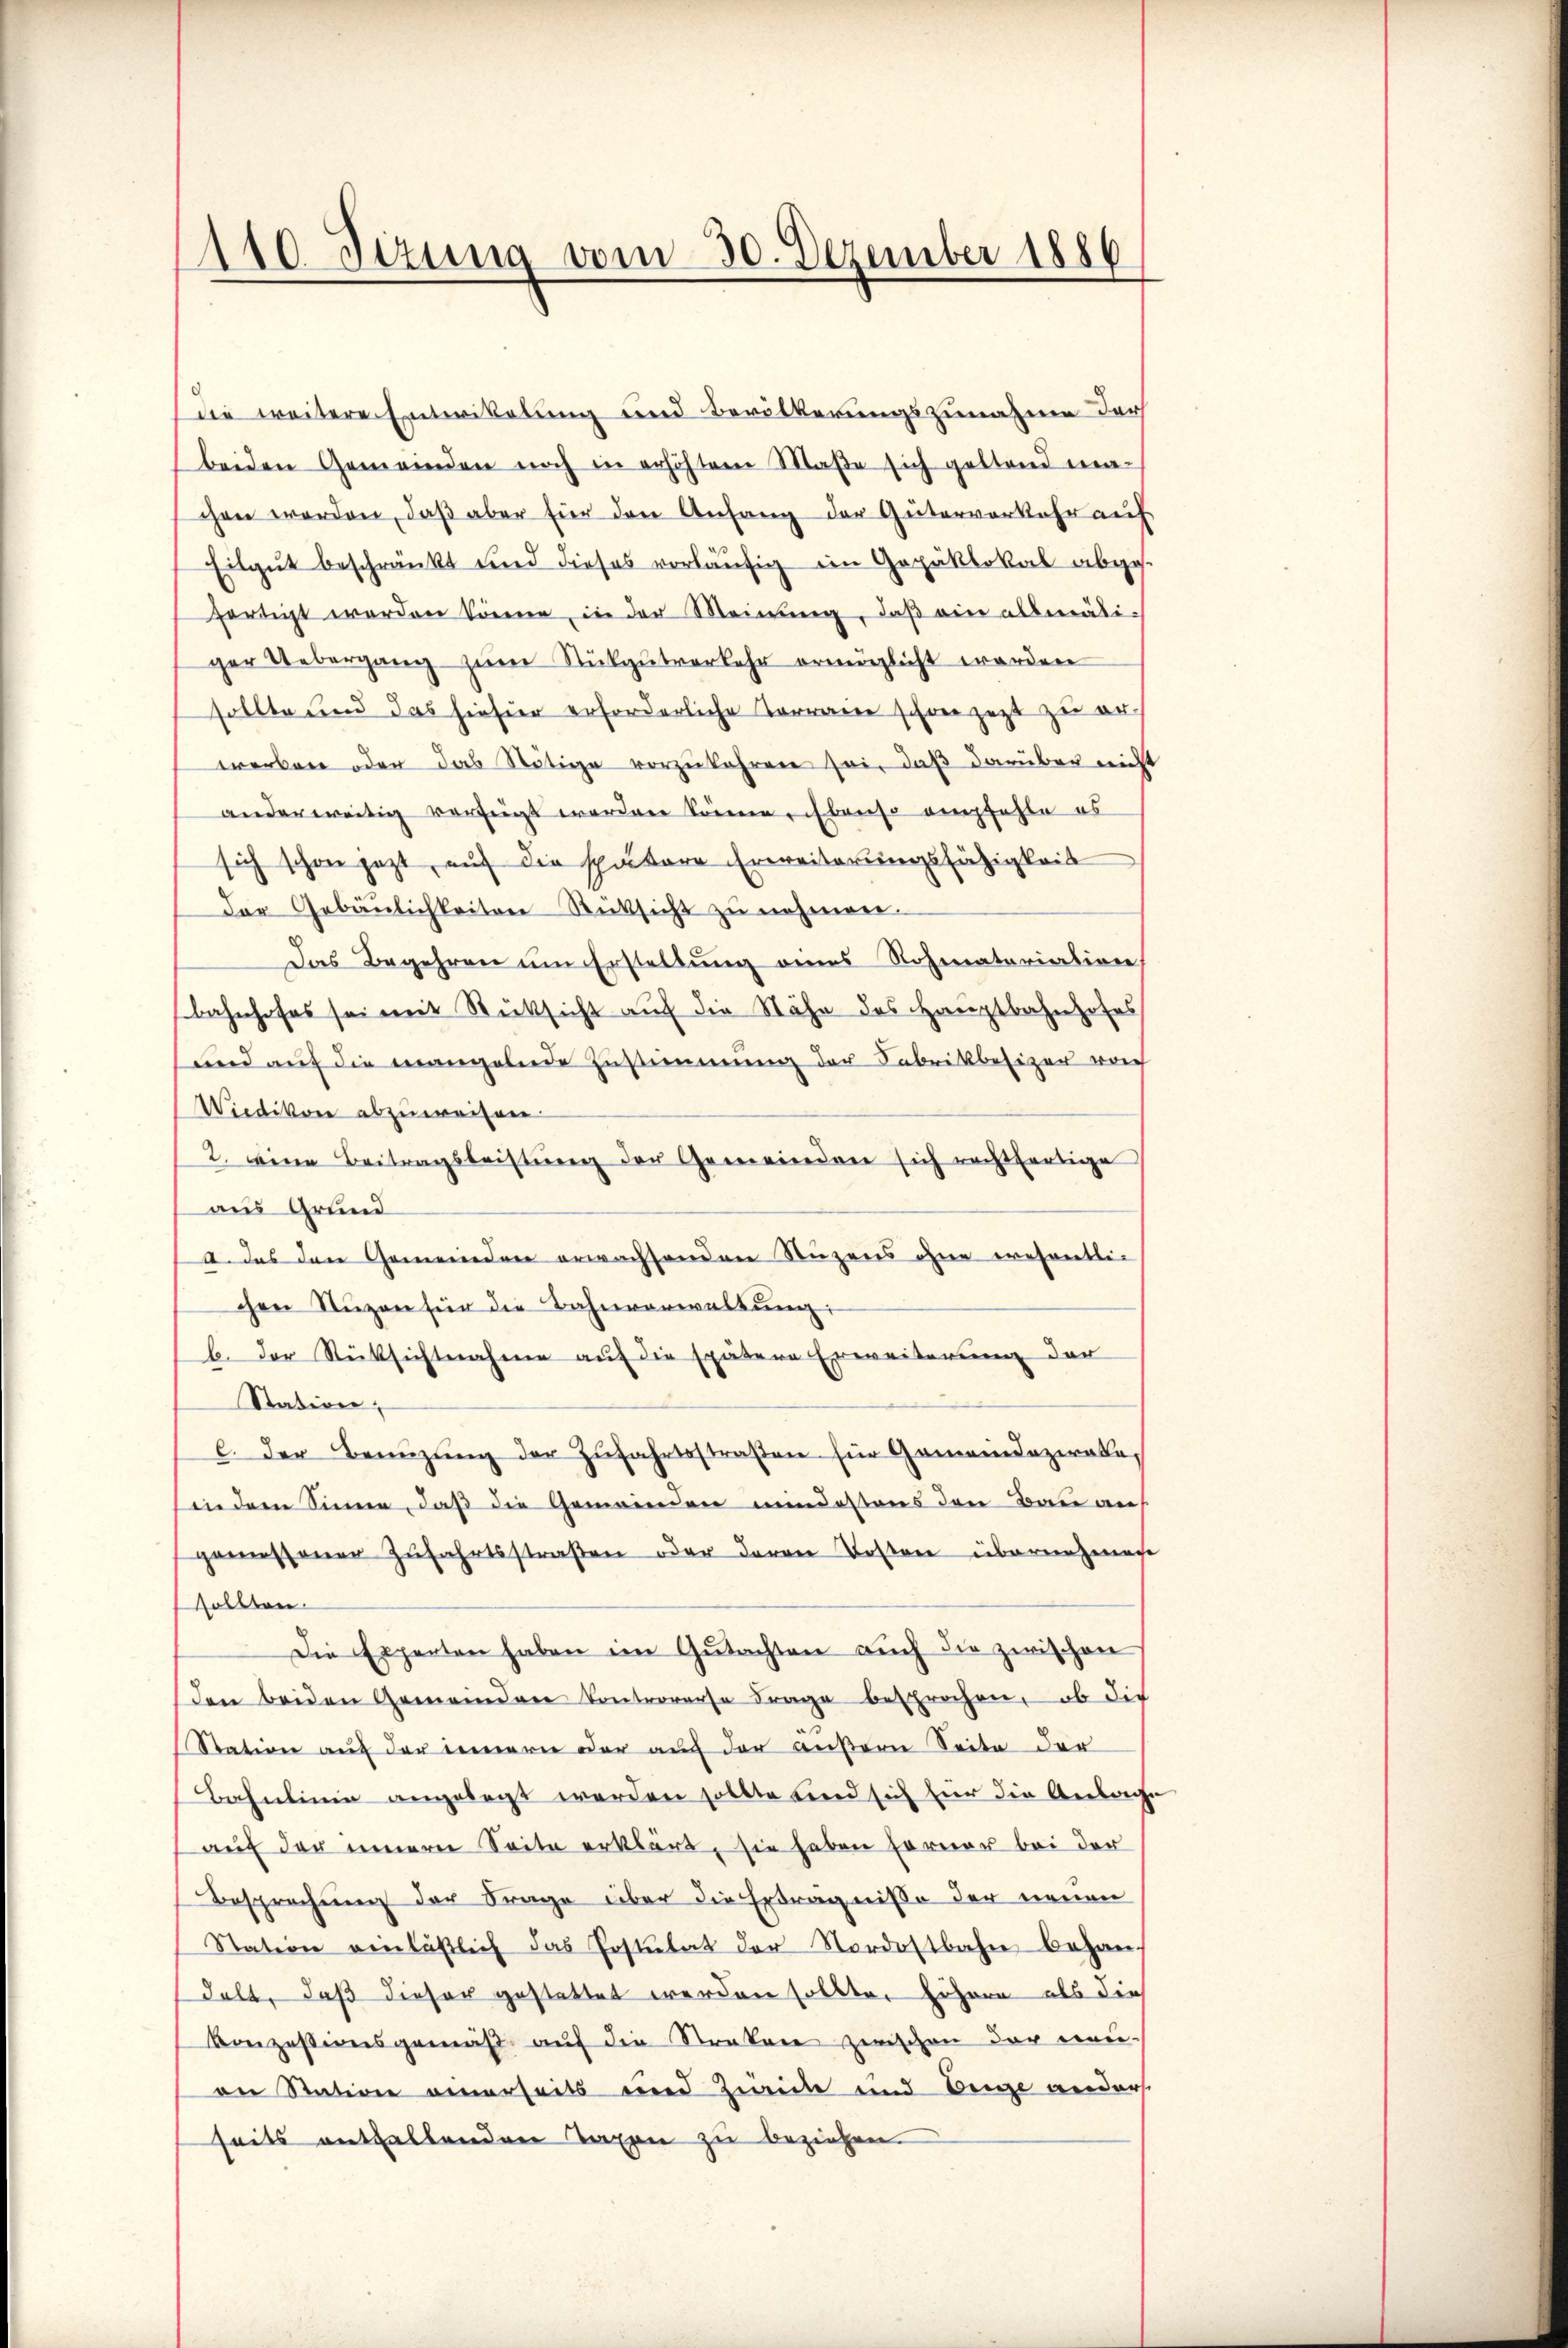
110. Jezung vom 30. Dezember 1886

die weitere Entwikelung und Bevölkerungszunahme der
beiden Gemeinden noch in erhöhtem Maβe sich geltend ma-
chen werden, daβ aber für den Anfang der Güterverkehr auf
Eilgut beschränkt und dieses vorläufig im Gepäklokal abges.
fertigt worden könne, in der Meinŭng, daβ ein allmäti-
ger Uebergang zŭm Rükgŭtverkehr ermöglicht worden
sollte und das hiefür erforderliche Terraine schon jezt zu er
werben oder das Nötige vorzukehren sei, daß darüber nicht
anderweitig verfügt worden könne. Ebenso empfehle es
sich schon jetzt, auf die spätere Erweiterungsfähigkeit
Der Gebäŭlichkeiten Rücksicht zu nehmen.
Das Begehren um Erstellung eines Rohmatariation
Bahnhofes sei mit Rücksicht auf die Nähe des Hauptbahnhofes
und auf die mangelnde Zustimmung der Fabrikbesizer vorh
Wiedikon abzuweisen.
2. eine Beitragsleistŭng der Gemeinden sich rechtfertige
aus Grund
a. das den Gemeinden erwachsenden Nuzens ohne resentlic
chen Nuzen für die Bahnverwaltŭng:
b. Der Rücksichtnahme auf die spätere Erweiterung der
Station;
C. der Benüzŭng der Zŭfahrtsstraßen für Gemeindeziale,
in dem Sinne, daß die Gemeinden mindestens den Bau an
gemessener Zufahrtsstraßen oder deren Kosten übernahmen
sollten.
Die Experten haben im Gutachten auch die zwischen
den beiden Gemeinden Controverse Frage besprochen, ob die
Station auf der innern oder auch der außern Seite der
Bahnlinie angelegt werden sollte sind sich für die Anlage
auf der innerer Seite erklärt, sie haben ferner bei der
Besprechung der Frage über die Erträgnisse der neuen
Station einläßlich das Postulat der Nordostbahn behan-
delt, daß dieser gestattet werden sollte. Eifern als die
Konzessionsgemäß auf die Strakere zwischen der neu-
an Station einerseits und Zwicke und Beige anders
seits enthaltenden Taxen zu beziehen